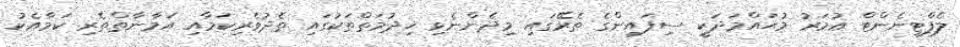
ލެފްޓިނެންޓް ޢުމަރު މުޙައްމަދަކީ ސިފައިންގެ ތެރޭގައި މިދެންނެވި ޚިދުމަތްތަކުގައި ތެދުވެރިކަމާއި އަމާނާތްތެރި ކަމާއެކު